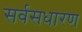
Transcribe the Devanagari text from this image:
सर्वसधारण